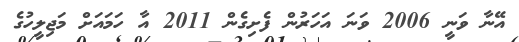
އޭނާ ވަނީ 2006 ވަނަ އަހަރުން ފެށިގެން 2011 އާ ހަމައަށް މަޖިލީހުގެ